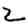
Digit: 2